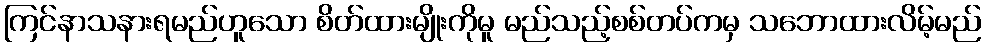
ကြင်နာသနားရမည်ဟူသော စိတ်ထားမျိုးကိုမူ မည်သည့်စစ်တပ်ကမှ သဘောထားလိမ့်မည်